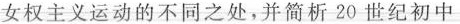
女权主义运动的不同之处，并简析20世纪初中